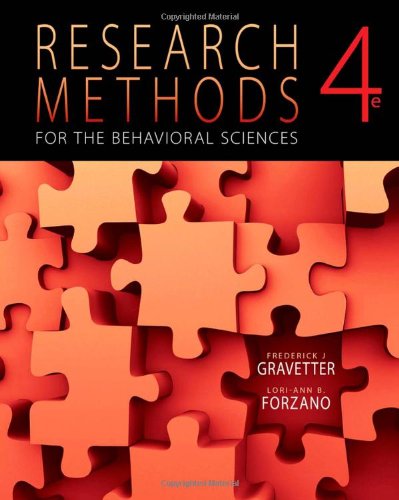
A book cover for Research Methods for the Behavioral Sciences, 4th Edition; Frederick J Gravetter; Health, Fitness & Dieting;